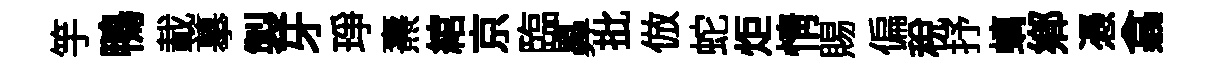
竽鴨載摹製牙琤燾綰京臨鼻批倣蛇炬情賜偏税抒螭鄕慿翕